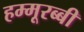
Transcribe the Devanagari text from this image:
हम्मूरब्बी